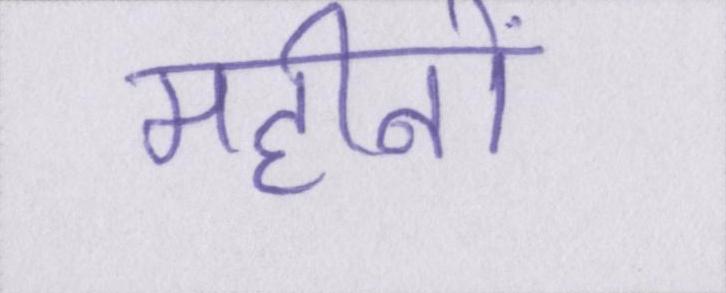
महीनों